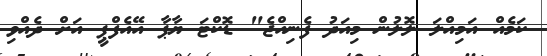
ކަމެއް އަމިއްލަ ލޮލުން މިއަދު ފެނިއްޖެ" ޑޮކްޓަ ޔާޕާ އޭއެފްޕީ އަށް ދެއްވި